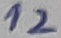
Text: 12